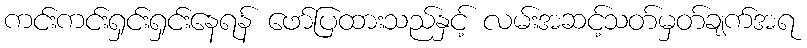
ကင်းကင်းရှင်းရှင်းနေရန် ဖော်ပြထားသည်နှင့် လမ်းအဆင့်သတ်မှတ်ချက်အရ